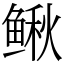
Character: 鳅